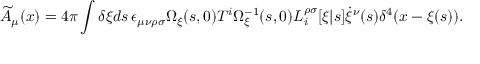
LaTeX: \widetilde { A } _ { \mu } ( x ) = 4 \pi \int \delta \xi d s \, \epsilon _ { \mu \nu \rho \sigma } { \Omega } _ { \xi } ( s , 0 ) T ^ { i } { \Omega } _ { \xi } ^ { - 1 } ( s , 0 ) L _ { i } ^ { \rho \sigma } [ \xi | s ] \dot { \xi } ^ { \nu } ( s ) \delta ^ { 4 } ( x - \xi ( s ) ) .